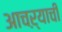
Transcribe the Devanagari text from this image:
आचऱ्याची